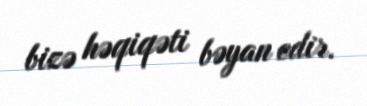
bizə həqiqəti bəyan edir.